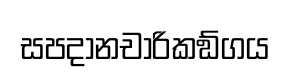
සපදානචාරිකඞ්ගය